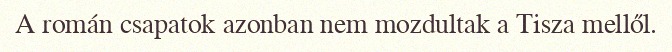
A román csapatok azonban nem mozdultak a Tisza mellől.